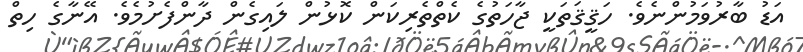
އަޑު ބާރުވަމުންނެވެ. ހަޤީޤަތަކީ ޖާހަތުގެ ކެތްތެރިކަން ކޮޅުން ލައިގެން ދާންފެށުމެވެ. އޭނާގެ ހިތް